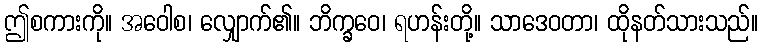
ဤစကားကို။ အဝေါစ၊ လျှောက်၏။ ဘိက္ခဝေ၊ ရဟန်းတို့။ သာဒေဝတာ၊ ထိုနတ်သားသည်။